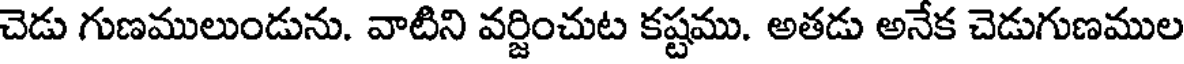
చెడు గుణములుండును. వాటిని వర్జించుట కష్టము. అతడు అనేక చెడుగుణముల